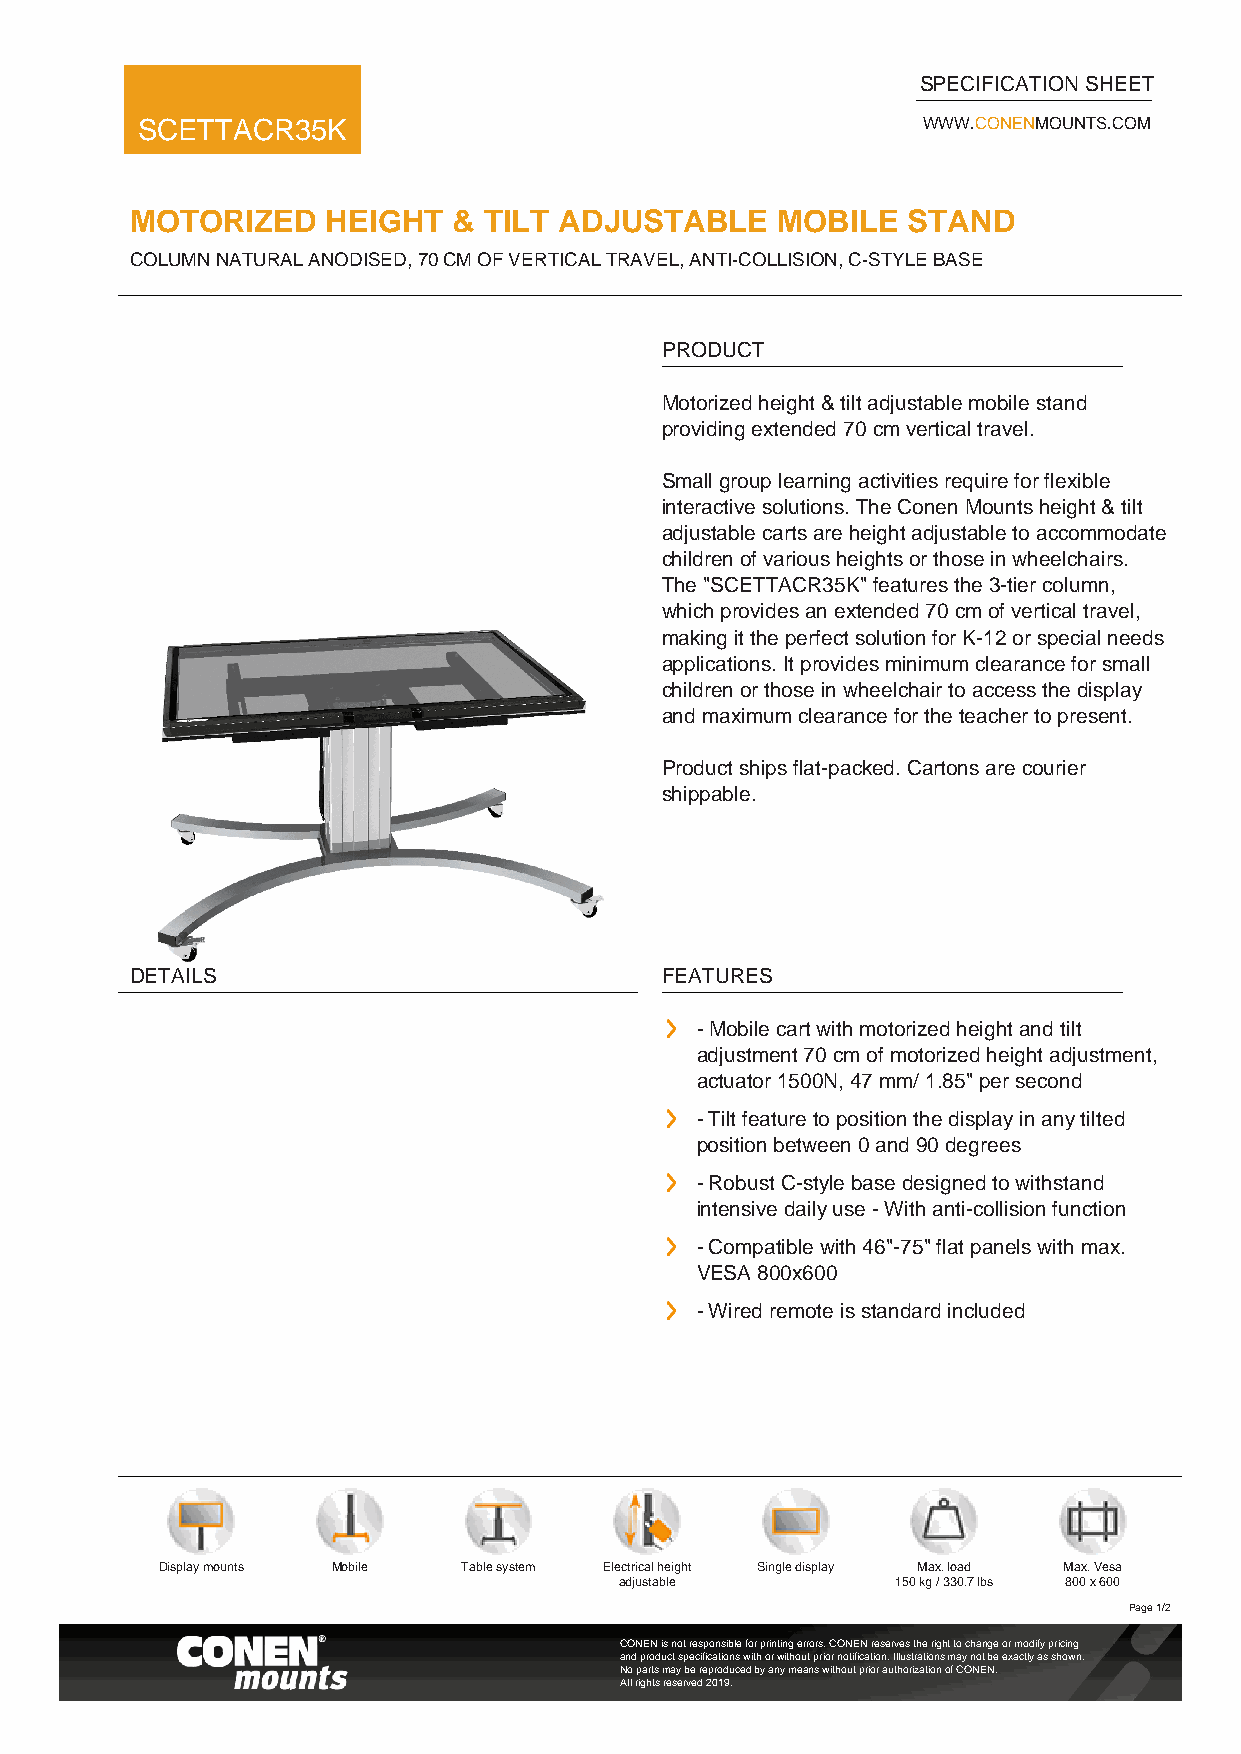
SPECIFICATION SHEET
 SCETTACR35K                                         WWW.CONENMOUNTS.COM
 MOTORIZED    HEIGHT  & TILT ADJUSTABLE    MOBILE   STAND
 COLUMN NATURAL ANODISED, 70 CM OF VERTICAL TRAVEL, ANTI-COLLISION, C-STYLE BASE
 PRODUCT
 Motorized height & tilt adjustable mobile stand
 providing extended 70 cm vertical travel.
 Small group learning activities require for flexible
 interactive solutions. The Conen Mounts height & tilt
 adjustable carts are height adjustable to accommodate
 children of various heights or those in wheelchairs.
 The "SCETTACR35K" features the 3-tier column,
 which provides an extended 70 cm of vertical travel,
 making it the perfect solution for K-12 or special needs
 applications. It provides minimum clearance for small
 children or those in wheelchair to access the display
 and maximum clearance for the teacher to present.
 Product ships flat-packed. Cartons are courier
 shippable.
 DETAILS                            FEATURES
 - Mobile cart with motorized height and tilt
 adjustment 70 cm of motorized height adjustment,
 actuator 1500N, 47 mm/ 1.85" per second
 - Tilt feature to position the display in any tilted
 position between 0 and 90 degrees
 - Robust C-style base designed to withstand
 intensive daily use - With anti-collision function
 - Compatible with 46"-75" flat panels with max.
 VESA 800x600
 - Wired remote is standard included
 Display mounts Mobile Table system Electrical height Single display Max. load Max. Vesa
 adjustable        150 kg / 330.7 lbs 800 x 600
 Page 1/2
 CONEN is not responsible for printing errors. CONEN reserves the right to change or modify pricing
 and product specifications with or without prior notification. Illustrations may not be exactly as shown.
 No parts may be reproduced by any means without prior authorization of CONEN.
 All rights reserved 2019.